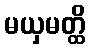
မယှမတ္ထိ